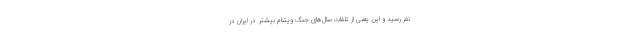
نفر رسید و این یعنی از تلفات سال‌های جنگ ویتنام بیشتر. در ایران در